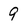
Character: 9